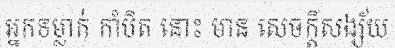
អ្នកទម្លាក់ កាំបិត នោះ មាន សេចក្តីសង្ស័យ